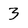
Character: 3